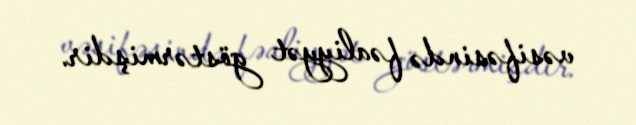
vəsifəsində fəaliyyət göstərmişdir.